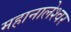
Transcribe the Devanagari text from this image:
महानालेश्वर